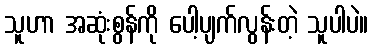
သူဟာ အဆုံးစွန်ကို ပေါ့ပျက်လွန်းတဲ့ သူပါပဲ။